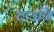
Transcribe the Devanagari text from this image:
दाउजि